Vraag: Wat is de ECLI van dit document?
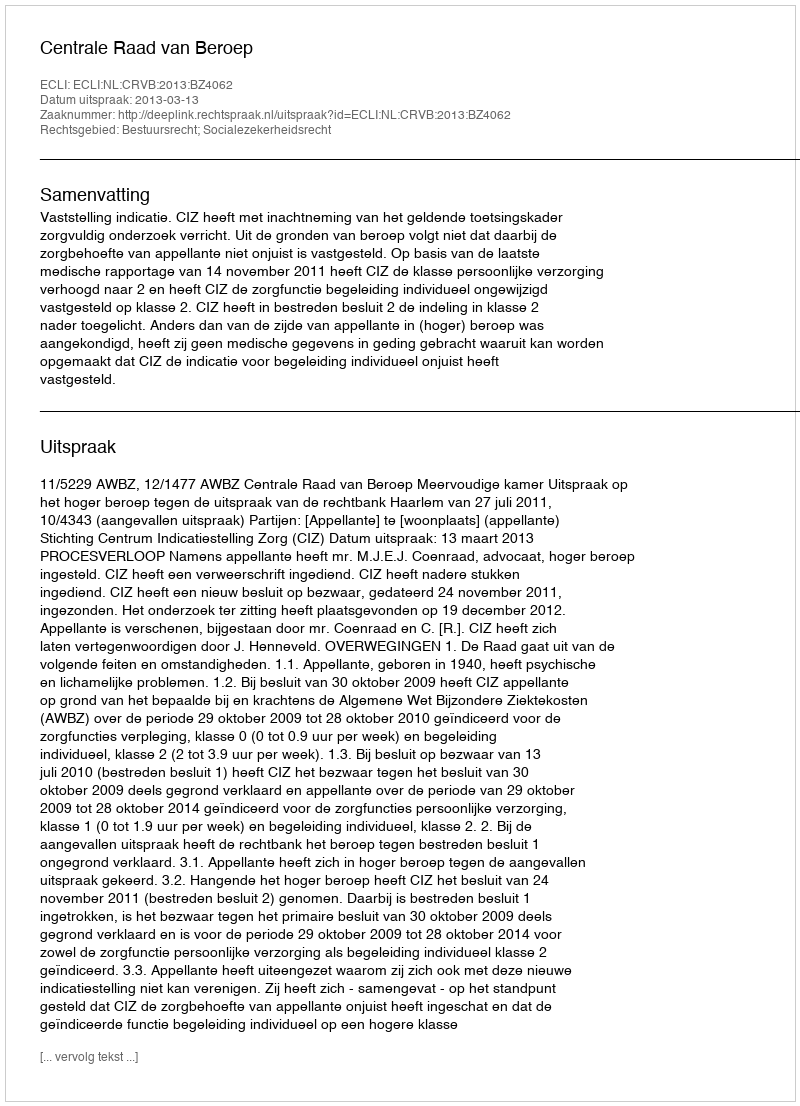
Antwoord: ECLI:NL:CRVB:2013:BZ4062